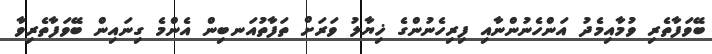
ބޭވަފާތެރި ވުމާއިމެދު އަންހެނުންނާއި ފިރިހެނުންގެ ޚިޔާލު ވަރަށް ތަފާތުއަނބިން އެންމެ ގިނައިން ބޭވަފާތެރިވާ